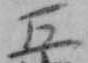
五